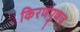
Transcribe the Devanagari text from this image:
किरणपुणज